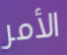
الأمر